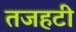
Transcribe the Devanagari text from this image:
तजहटी